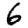
Digit: 6